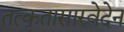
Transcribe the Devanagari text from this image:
तत्कृतासारवेदेन